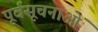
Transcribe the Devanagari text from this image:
पूर्वसूचनाओं